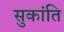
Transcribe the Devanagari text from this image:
सुकांति